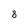
Character: 8